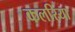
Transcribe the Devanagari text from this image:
कलरिया